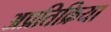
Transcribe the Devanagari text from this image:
अप्रतिक्रिया